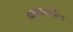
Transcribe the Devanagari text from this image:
ढाकामधील